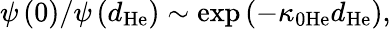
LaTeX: \psi\left(0\right)/\psi\left(d_{\mathrm{He}}\right)\sim\exp\left(-\kappa_{0\mathrm{He}}d_{\mathrm{He}}\right),